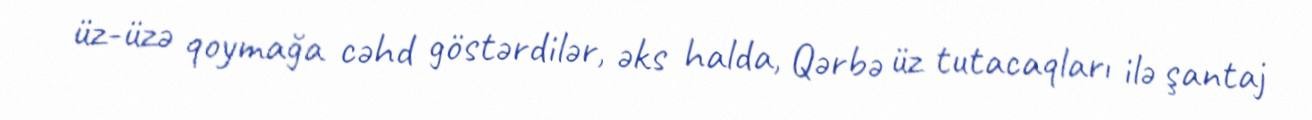
üz-üzə qoymağa cəhd göstərdilər, əks halda, Qərbə üz tutacaqları ilə şantaj